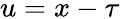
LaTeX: u=x-\tau